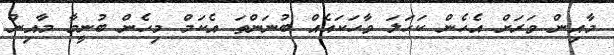
މާއިން ވަރަށް އެހެން ކަހަލަ ވާހަކައެއް ބުނަންތަ އެކަމް މިހެން ބުނީމާ މާއިން